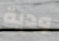
ودية